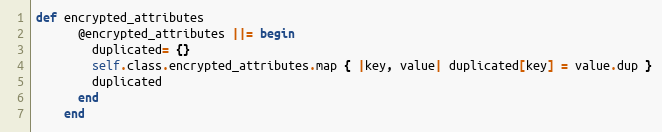
Language: Ruby
def encrypted_attributes
      @encrypted_attributes ||= begin
        duplicated= {}
        self.class.encrypted_attributes.map { |key, value| duplicated[key] = value.dup }
        duplicated
      end
    end